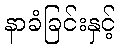
နာခံခြင်းနှင့်